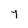
Character: 7